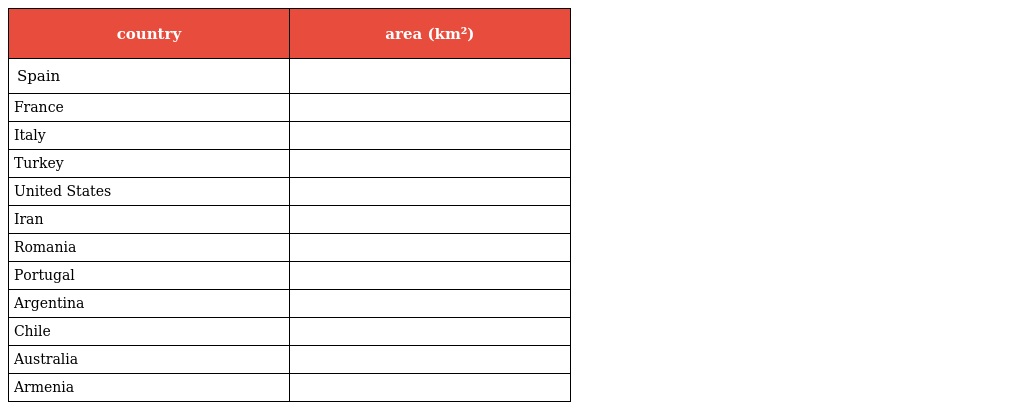
| country | area (km²) |
 | --- | --- |
 | Spain |  |
 | France |  |
 | Italy |  |
 | Turkey |  |
 | United States |  |
 | Iran |  |
 | Romania |  |
 | Portugal |  |
 | Argentina |  |
 | Chile |  |
 | Australia |  |
 | Armenia |  |